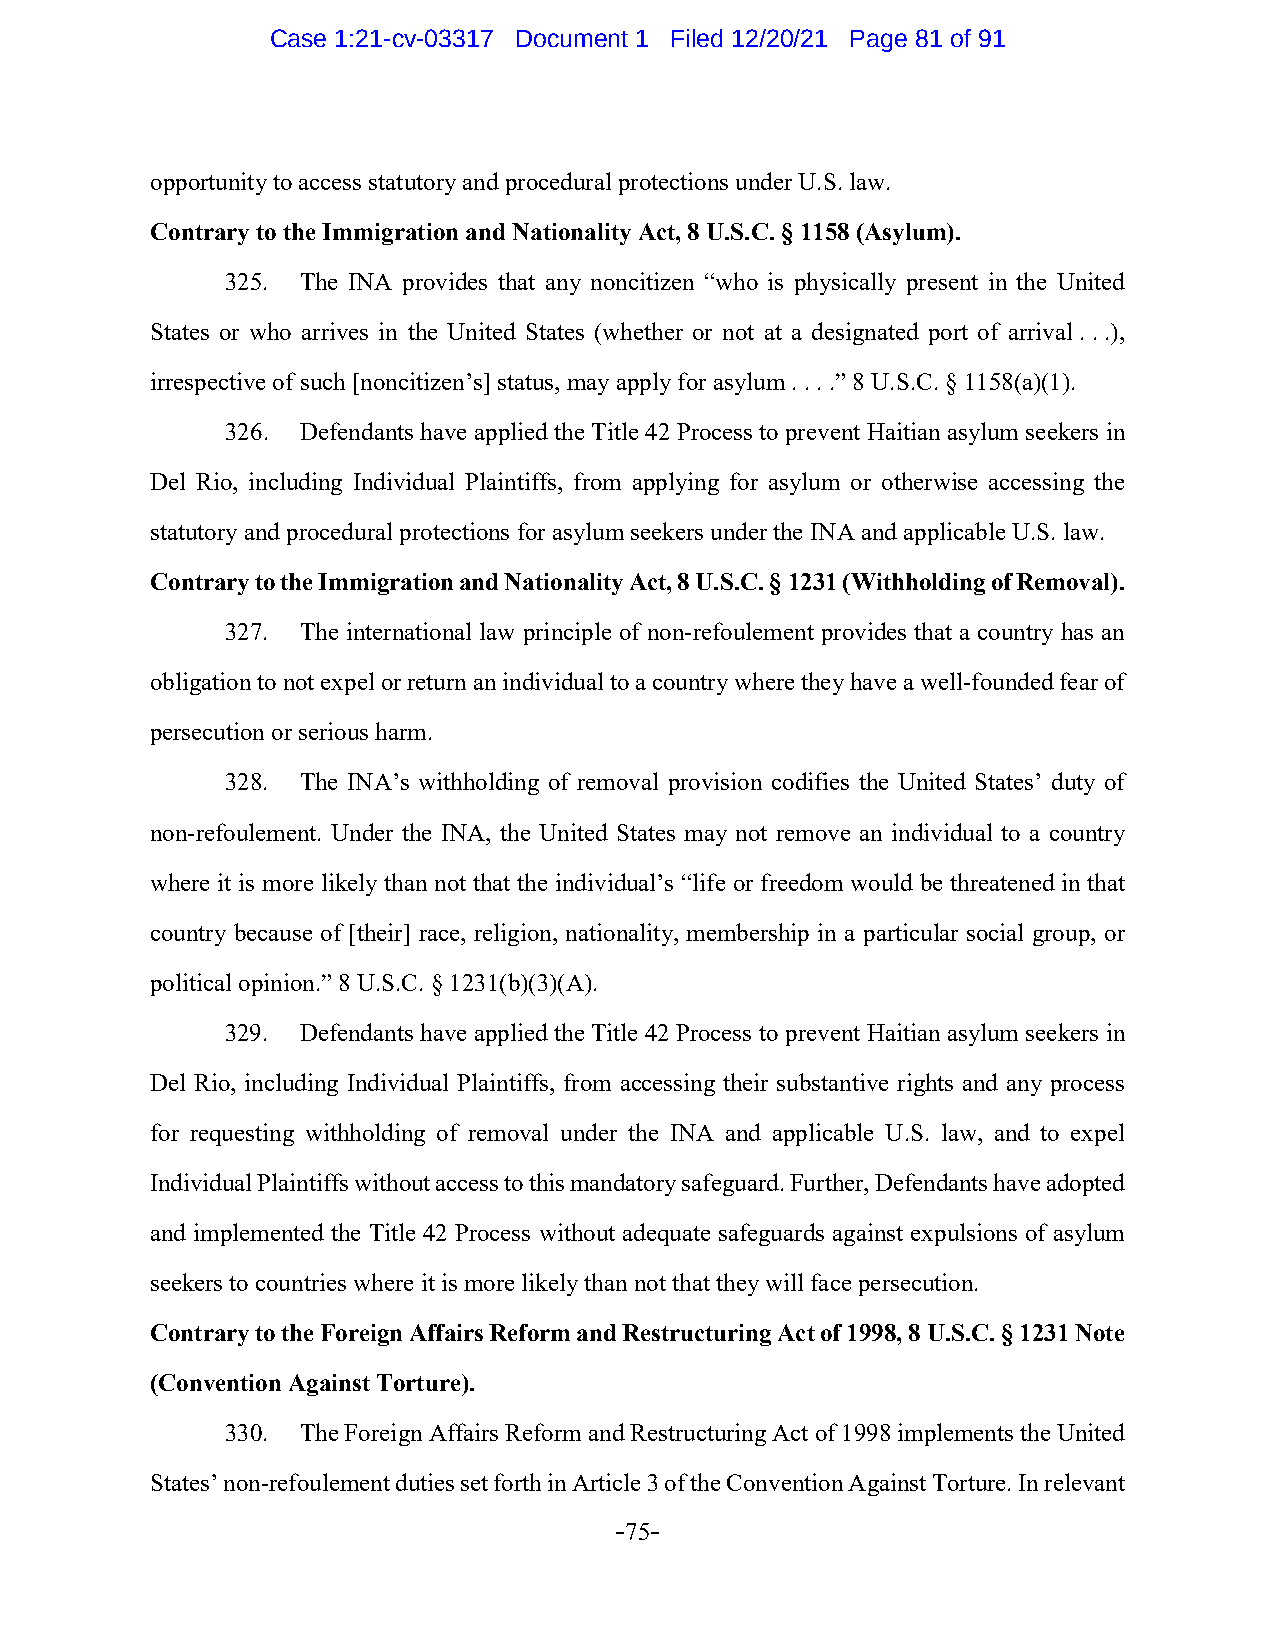
Case 1:21-cv-03317 Document 1 Filed 12/20/21 Page 81 of 91
 opportunity to access statutory and procedural protections under U.S. law.
 Contrary to the Immigration and Nationality Act, 8 U.S.C. § 1158 (Asylum).
 325. The INA provides that any noncitizen “who is physically present in the United
 States or who arrives in the United States (whether or not at a designated port of arrival . . .),
 irrespective of such [noncitizen’s] status, may apply for asylum . . . .” 8 U.S.C. § 1158(a)(1).
 326. Defendants have applied the Title 42 Process to prevent Haitian asylum seekers in
 Del Rio, including Individual Plaintiffs, from applying for asylum or otherwise accessing the
 statutory and procedural protections for asylum seekers under the INA and applicable U.S. law.
 Contrary to the Immigration and Nationality Act, 8 U.S.C. § 1231 (Withholding of Removal).
 327. The international law principle of non-refoulement provides that a country has an
 obligation to not expel or return an individual to a country where they have a well-founded fear of
 persecution or serious harm.
 328. The INA’s withholding of removal provision codifies the United States’ duty of
 non-refoulement. Under the INA, the United States may not remove an individual to a country
 where it is more likely than not that the individual’s “life or freedom would be threatened in that
 country because of [their] race, religion, nationality, membership in a particular social group, or
 political opinion.” 8 U.S.C. § 1231(b)(3)(A).
 329. Defendants have applied the Title 42 Process to prevent Haitian asylum seekers in
 Del Rio, including Individual Plaintiffs, from accessing their substantive rights and any process
 for requesting withholding of removal under the INA and applicable U.S. law, and to expel
 Individual Plaintiffs without access to this mandatory safeguard. Further, Defendants have adopted
 and implemented the Title 42 Process without adequate safeguards against expulsions of asylum
 seekers to countries where it is more likely than not that they will face persecution.
 Contrary to the Foreign Affairs Reform and Restructuring Act of 1998, 8 U.S.C. § 1231 Note
 (Convention Against Torture).
 330. The Foreign Affairs Reform and Restructuring Act of 1998 implements the United
 States’ non-refoulement duties set forth in Article 3 of the Convention Against Torture. In relevant
 -75-